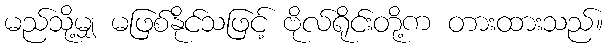
မည်သို့မျှ မဖြစ်နိုင်သဖြင့် ဗိုလ်ရိုင်းတို့က တားထားသည်။